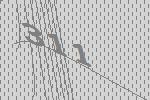
311